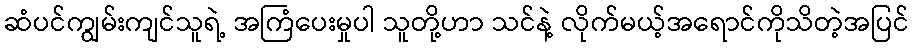
ဆံပင်ကျွမ်းကျင်သူရဲ့ အကြံပေးမှုပါ သူတို့ဟာ သင်နဲ့ လိုက်မယ့်အရောင်ကိုသိတဲ့အပြင်